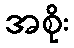
အစိုး